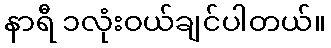
နာရီ ၁လုံးဝယ်ချင်ပါတယ်။